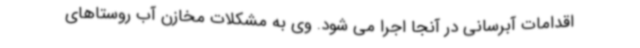
اقدامات آبرسانی در آنجا اجرا می شود. وی به مشکلات مخازن آب روستاهای